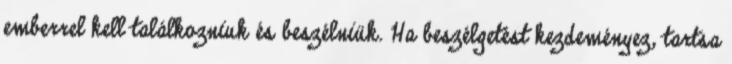
emberrel kell találkozniuk és beszélniük. Ha beszélgetést kezdeményez, tartsa